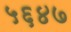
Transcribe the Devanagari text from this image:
५६४७